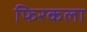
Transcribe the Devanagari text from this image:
फिरकला